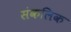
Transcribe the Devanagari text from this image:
संकलिक